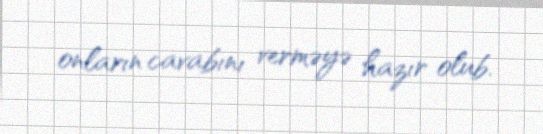
onların cavabını verməyə hazır olub.